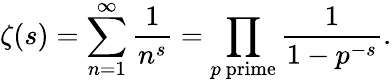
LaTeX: \zeta(s)=\sum_{n=1}^{\infty}{\frac{1}{n^{s}}}=\prod_{p{\mathrm{~prime}}}{\frac{1}{1-p^{-s}}}.